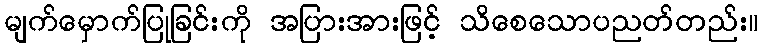
မျက်မှောက်ပြုခြင်းကို အပြားအားဖြင့် သိစေသောပညတ်တည်း။